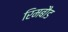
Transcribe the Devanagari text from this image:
रिमबौड